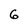
Character: 6